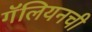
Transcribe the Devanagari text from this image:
गॅलियनची